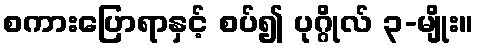
စကားပြောရာနှင့် စပ်၍ ပုဂ္ဂိုလ် ၃-မျိုး။